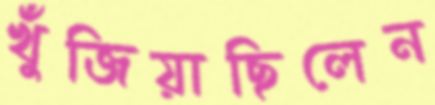
খুঁজিয়াছিলেন